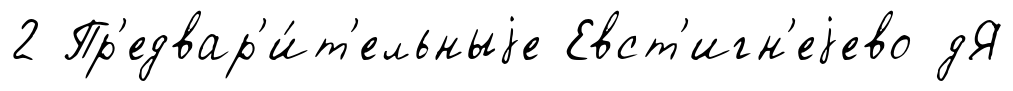
2 Пр'едвар'и́т'ельныjе Евст'игн'еjево дЯ